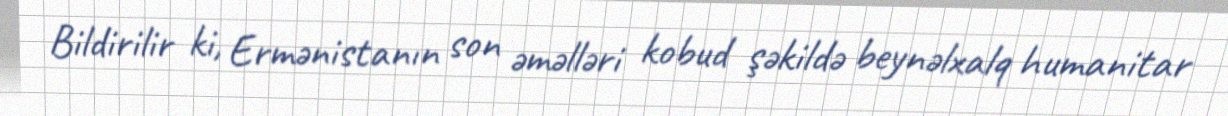
Bildirilir ki, Ermənistanın son əməlləri kobud şəkildə beynəlxalq humanitar